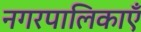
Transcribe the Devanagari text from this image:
नगरपालिकाएँ